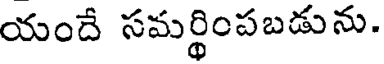
యందే సమర్థింపబడును.